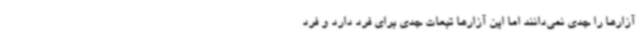
آزارها را جدی نمی‌دانند اما این آزارها تبعات جدی برای فرد دارد و فرد